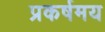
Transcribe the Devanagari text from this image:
प्रकर्षमय